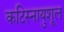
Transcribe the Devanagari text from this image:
कटिस्नायुशूल